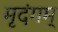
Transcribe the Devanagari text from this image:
मृदंगम्